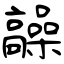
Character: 髞